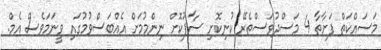
މަސައްކަތް ފަށާތާ 4 މަސްދުވަސްތެރޭ ކުނިކޮށި ސާފުކޮށް ނިންމުމަށް އެއްބަސްވުމުގައި ވީނަމަވެސް އެމް.